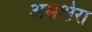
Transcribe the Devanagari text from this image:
अमक्षेरा